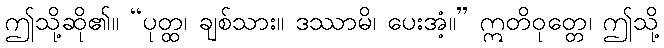
ဤသို့ဆို၏။ “ပုတ္ထ၊ ချစ်သား။ ဒဿာမိ၊ ပေးအံ့။” ဣတိဝုတ္တေ၊ ဤသို့